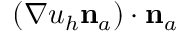
( \nabla u _ { h } { \mathbf n } _ { a } ) \cdot { \mathbf n } _ { a }